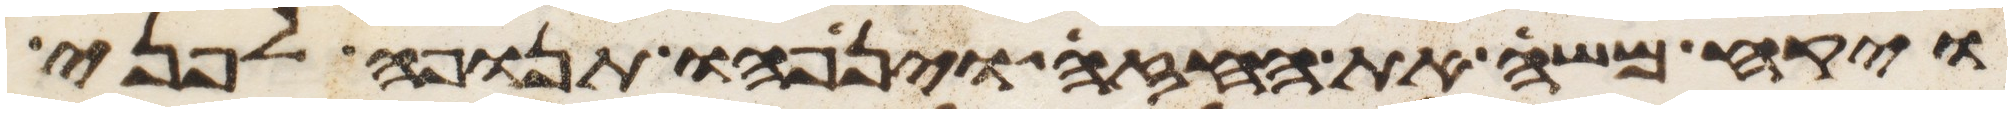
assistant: ויקח משה את החזה וינפהו תנופה לפני